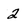
Character: 2